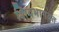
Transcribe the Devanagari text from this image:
शिवभागवत